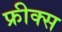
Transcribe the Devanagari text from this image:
फ्रीक्स